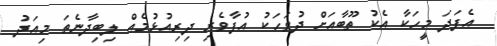
އެފަދަ މީހަކާ އެކު ތޫބާއަށް ދުވަހަކު އުފާވެރި ދިރިއުޅުމެއް ލިބިދާނެތަ މިއަދު